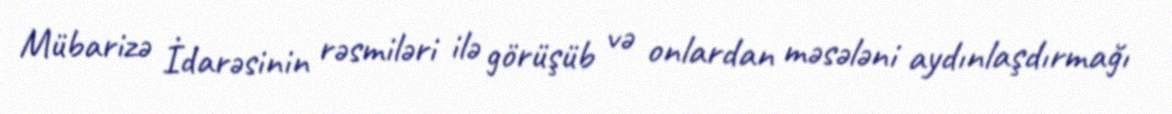
Mübarizə İdarəsinin rəsmiləri ilə görüşüb və onlardan məsələni aydınlaşdırmağı